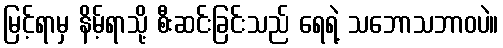
မြင့်ရာမှ နိမ့်ရာသို့ စီးဆင်းခြင်းသည် ရေရဲ့ သဘောသဘာဝပဲ။